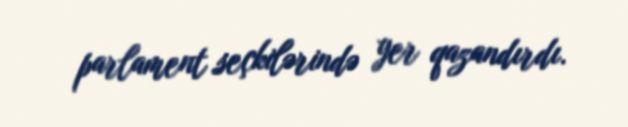
parlament seçkilərində yer qazandırdı.